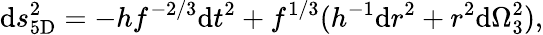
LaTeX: \mathrm{d}s_{\mathrm{{5D}}}^{2}=-hf^{-2/3}\mathrm{d}t^{2}+f^{1/3}(h^{-1}\mathrm{d}r^{2}+r^{2}\mathrm{d}\Omega_{3}^{2}),